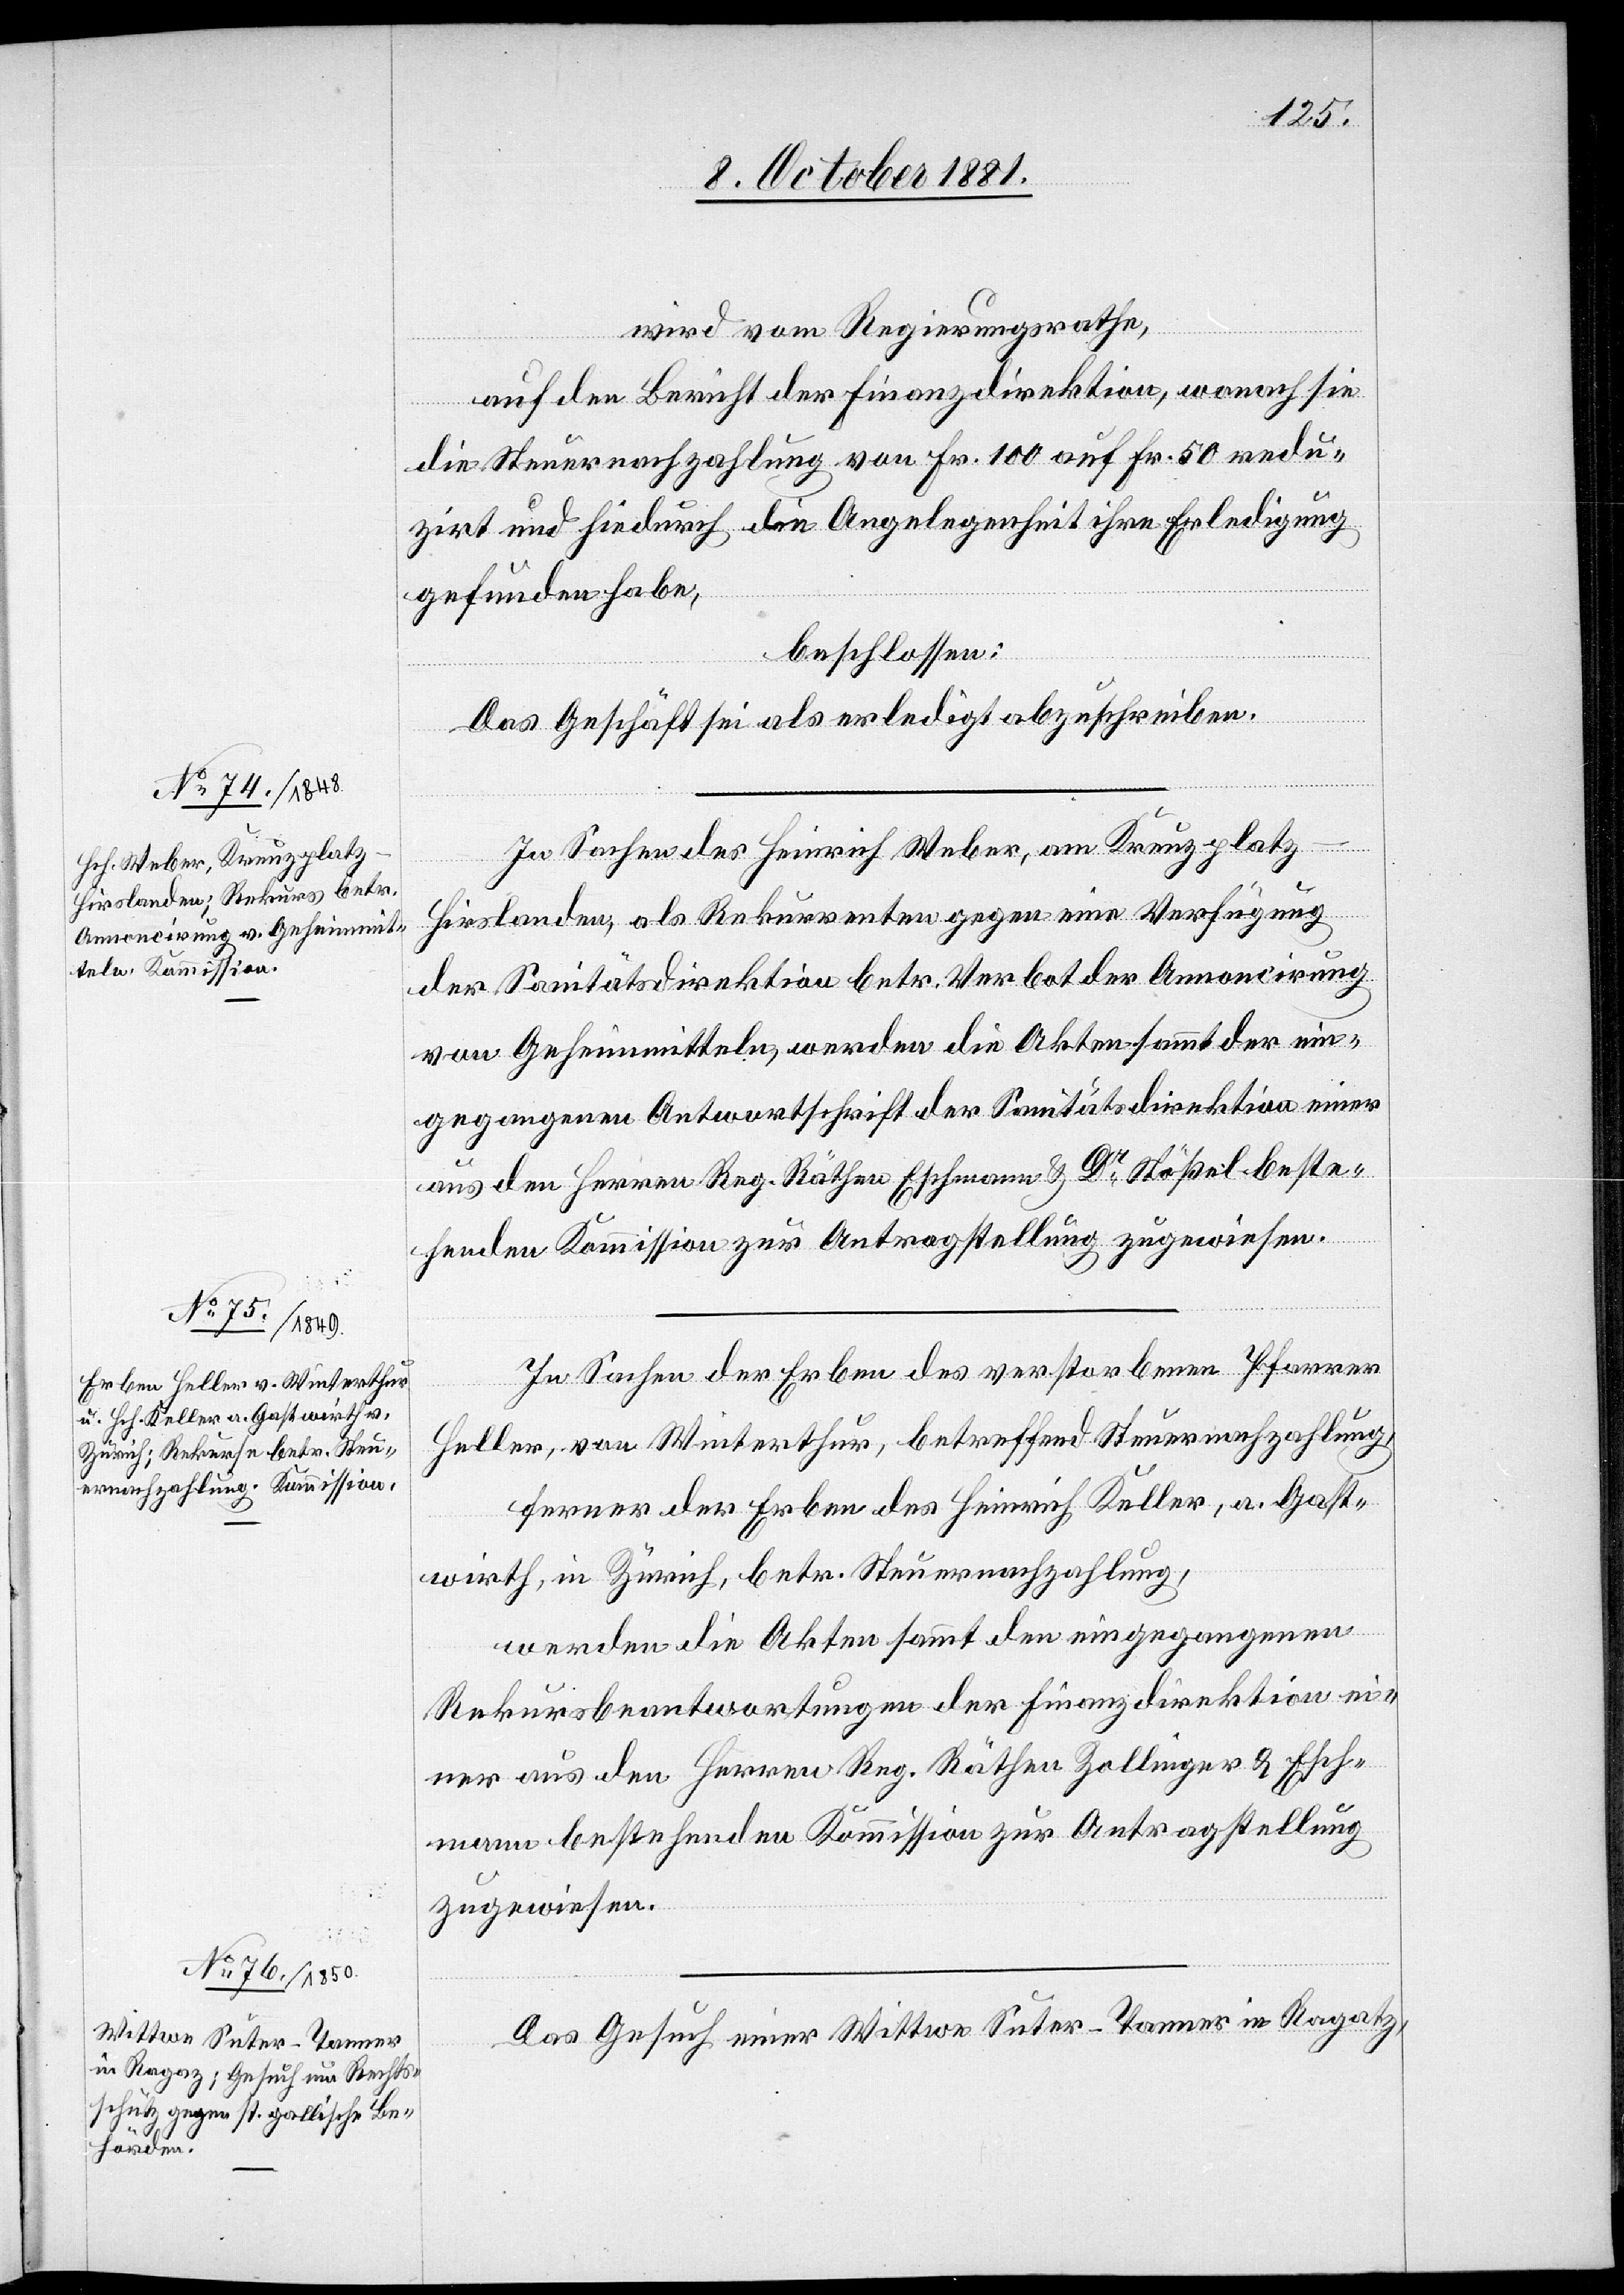
wird vom Regierungsrathe,
auf den Bericht der Finanzdirektion, wonach sie
die Steuernachzahlung von Fr. 100 auf Fr. 50 redu¬
zirt und hiedurch die Angelegenheit ihre Erledigung
gefunden habe,
beschlossen:
Das Geschäft sei als erledigt abzuschreiben.
In Sachen des Heinrich Weber, am Kreuzplatz
Hirslanden, als Rekurrenten gegen eine Verfügung
der Sanitätsdirektion betr. Verbot der Annoncirung
von Geheimmitteln, werden die Akten sammt der ein¬
gegangenen Antwortschrift der Sanitätsdirektion einer
aus den Herren Reg. Räthen Eschmann & Dr Stößel beste¬
henden Kommission zur Antragstellung zugewiesen.
In Sachen der Erben des verstorbenen Pfarrer
Heller, von Winterthur, betreffend Steuernachzahlung,
ferner der Erben des Heinrich Keller, a. Gast¬
wirth, in Zürich, betr. Steuernachzahlung,
werden die Akten sammt den eingegangenen
Rekursbeantwortungen der Finanzdirektion ei¬
ner aus den Herren Reg. Räthen Zollinger & Esch¬
mann bestehenden Kommission zur Antragstellung
zugewiesen.
Das Gesuch einer Wittwe Suter-Tanner in Ragatz